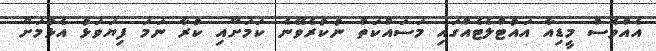
އެއްވެސް މީޑިއާ އައުޓްލެޓެއްގައި މަސައްކަތް ނުކުރެވޭނެ ކަމަށާއި ކުރާ ނަމަ ފިޔަވަޅު އެޅުމަށް